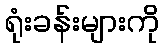
ရုံးခန်းများကို